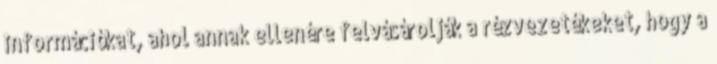
információkat, ahol annak ellenére felvásárolják a rézvezetékeket, hogy a